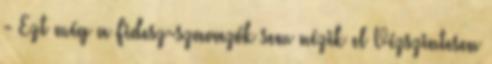
- Ezt még a Fidesz-szavazók sem nézik el Vízszintesen